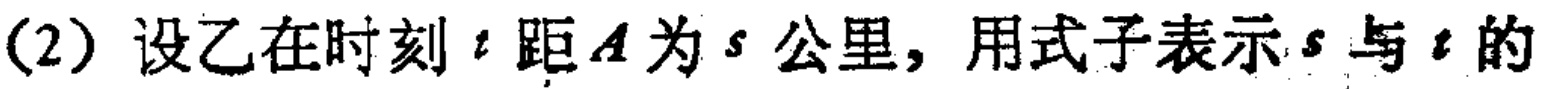
(2) 设乙在时刻\(t\)距\(A\)为\(s\)公里，用式子表示\(s\)与\(t\)的